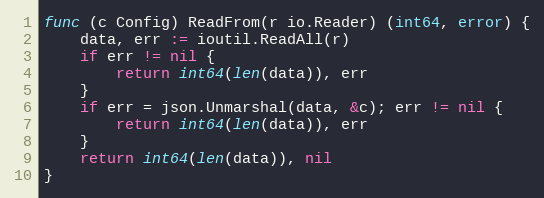
Language: Go
func (c Config) ReadFrom(r io.Reader) (int64, error) {
	data, err := ioutil.ReadAll(r)
	if err != nil {
		return int64(len(data)), err
	}
	if err = json.Unmarshal(data, &c); err != nil {
		return int64(len(data)), err
	}
	return int64(len(data)), nil
}